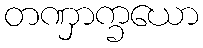
တဏှာက္ခယော